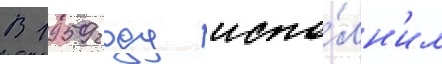
В 1959 году испо́лн'ил